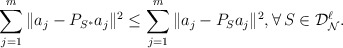
\begin{align*} \sum_{j=1}^{m} \|a_j-P_{S^*} a_j\|^2\le \sum_{j=1}^{m} \|a_j-P_{S} a_j\|^2, \forall \,S\in\mathcal{D}_{\mathcal{N}}^{\ell}.\end{align*}